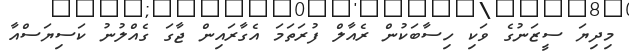
މިދިޔަ ސީޒަނުގެ ވަކި ހިސާބަކުން ރެއާލް ފުރަތަމަ އެގާރައިން ޖާގަ ގެއްލުނު ކަސިޔަސްއާ